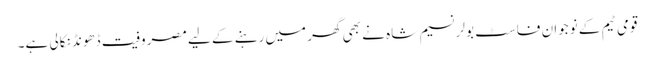
قومی ٹیم کے نوجوان فاسٹ بولر نسیم شاہ نے بھی گھر میں رہنے کے لیے مصروفیت ڈھونڈ نکالی ہے۔